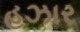
હઝાર